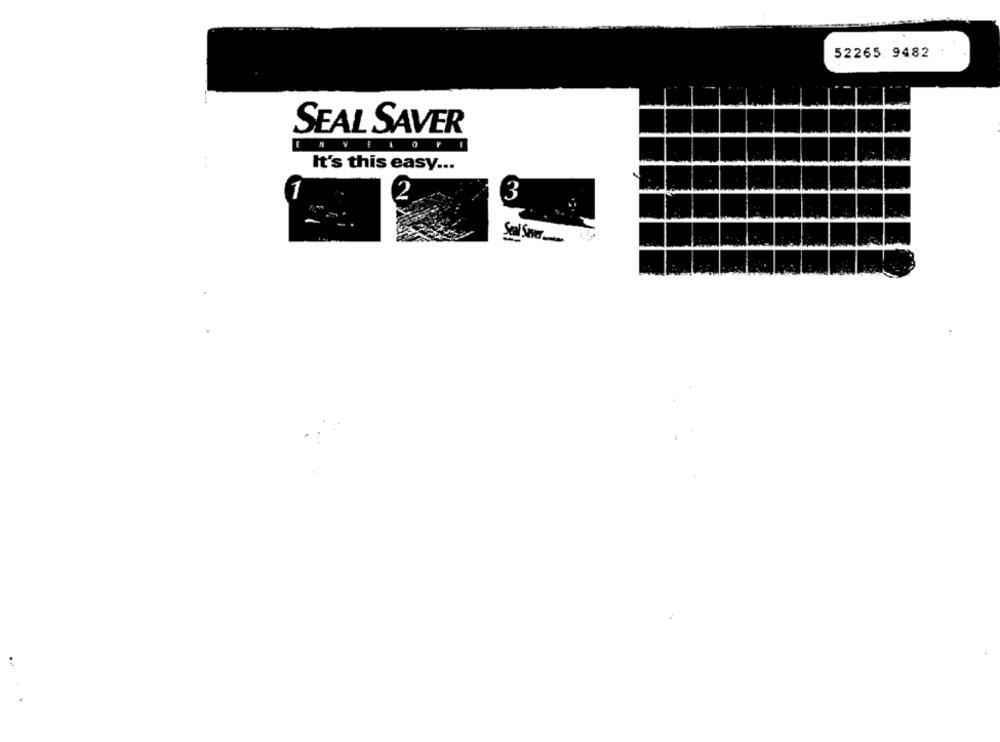
52265. 9482
SEAL SAVER
NVELO
It's this easy ...
3
Sel Sver ....